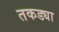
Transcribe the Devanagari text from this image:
तकड्या